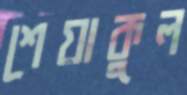
শেয়াকুল